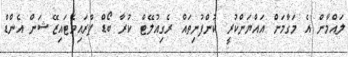
ލައްމާން އެ މަގާމަށް އައްޔަންކުރީ ކުންފުނިތައް ރެގިއުލޭޓް ކުރާ ބޯޑް ޕްރައިވެޓައިޒޭޝަން އެންޑް